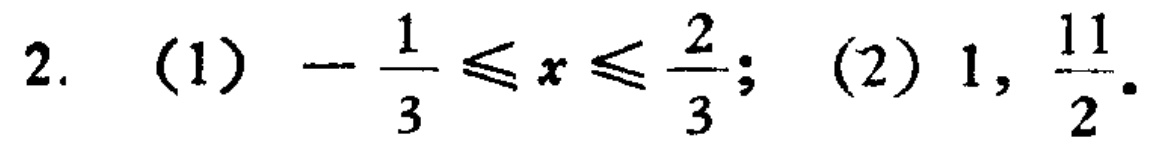
2. (1) \(-\frac{1}{3} \leq x \leq \frac{2}{3}\); (2) \(1, \frac{11}{2}\).